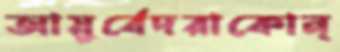
আয়ুর্বেদরাকোন্